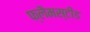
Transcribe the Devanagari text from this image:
फ्लैमस्टीड